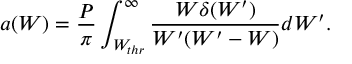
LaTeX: a ( W ) = \frac { P } { \pi } \int _ { W _ { t h r } } ^ { \infty } \frac { W \delta ( W ^ { \prime } ) } { W ^ { \prime } ( W ^ { \prime } - W ) } d W ^ { \prime } .